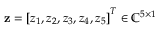
{ \bf z } = \left[ z _ { 1 } , z _ { 2 } , z _ { 3 } , z _ { 4 } , z _ { 5 } \right] ^ { T } \in \mathbb { C } ^ { 5 \times 1 }